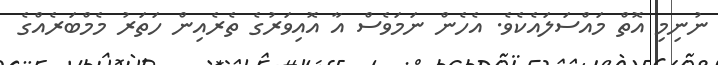
ނުނިމި އޮތް މައްސަލައެކެވެ. އެހެން ނަމަވެސް އާ އޮއިވަރުގެ ތެރެއިން ހަތަރު މެމްބަރެއްގެ